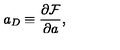
a _ { D } \equiv \frac { \partial { \cal F } } { \partial a } ,